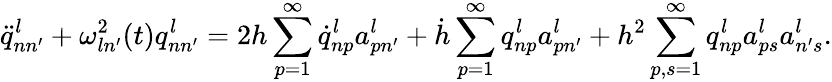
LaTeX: \ddot{q}_{nn^{\prime}}^{l}+\omega_{ln^{\prime}}^{2}(t)q_{nn^{\prime}}^{l}=2h\sum_{p=1}^{\infty}\dot{q}_{np}^{l}a_{pn^{\prime}}^{l}+\dot{h}\sum_{p=1}^{\infty}q_{np}^{l}a_{pn^{\prime}}^{l}+h^{2}\sum_{p,s=1}^{\infty}q_{np}^{l}a_{ps}^{l}a_{n^{\prime}s}^{l}.